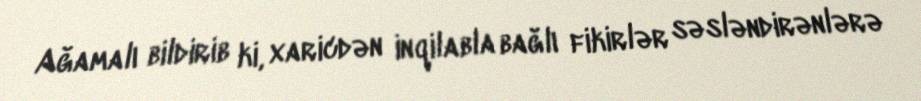
Ağamalı bildirib ki, xaricdən inqilabla bağlı fikirlər səsləndirənlərə